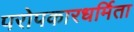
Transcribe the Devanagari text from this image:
परोपकारधर्मिता